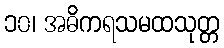
၁၀၊ အဓိကရသမထသုတ္တ